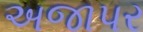
અજાપર